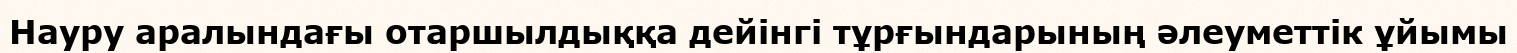
Науру аралындағы отаршылдыққа дейінгі тұрғындарының әлеуметтік ұйымы